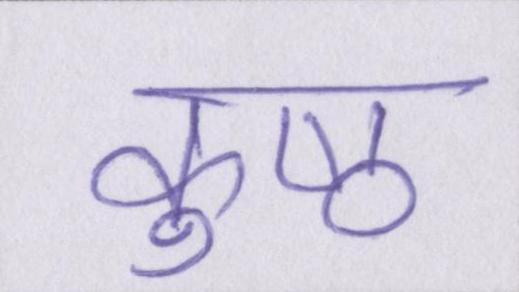
कुष्ठ